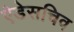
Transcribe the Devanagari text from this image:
ऐडेसचिव